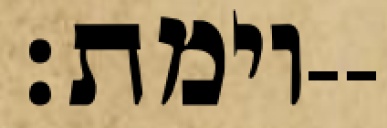
וימת׃--